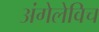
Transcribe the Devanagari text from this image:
अंगेलेविच